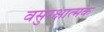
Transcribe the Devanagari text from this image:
वसुरक्षात्मक